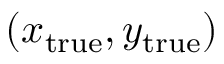
( x _ { \mathrm { { t r u e } } } , y _ { \mathrm { { t r u e } } } )